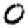
Digit: 0